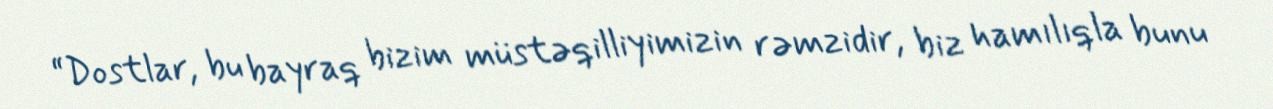
“Dostlar, bu bayraq bizim müstəqilliyimizin rəmzidir, biz hamılıqla bunu